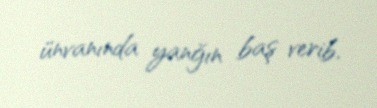
ünvanında yanğın baş verib.